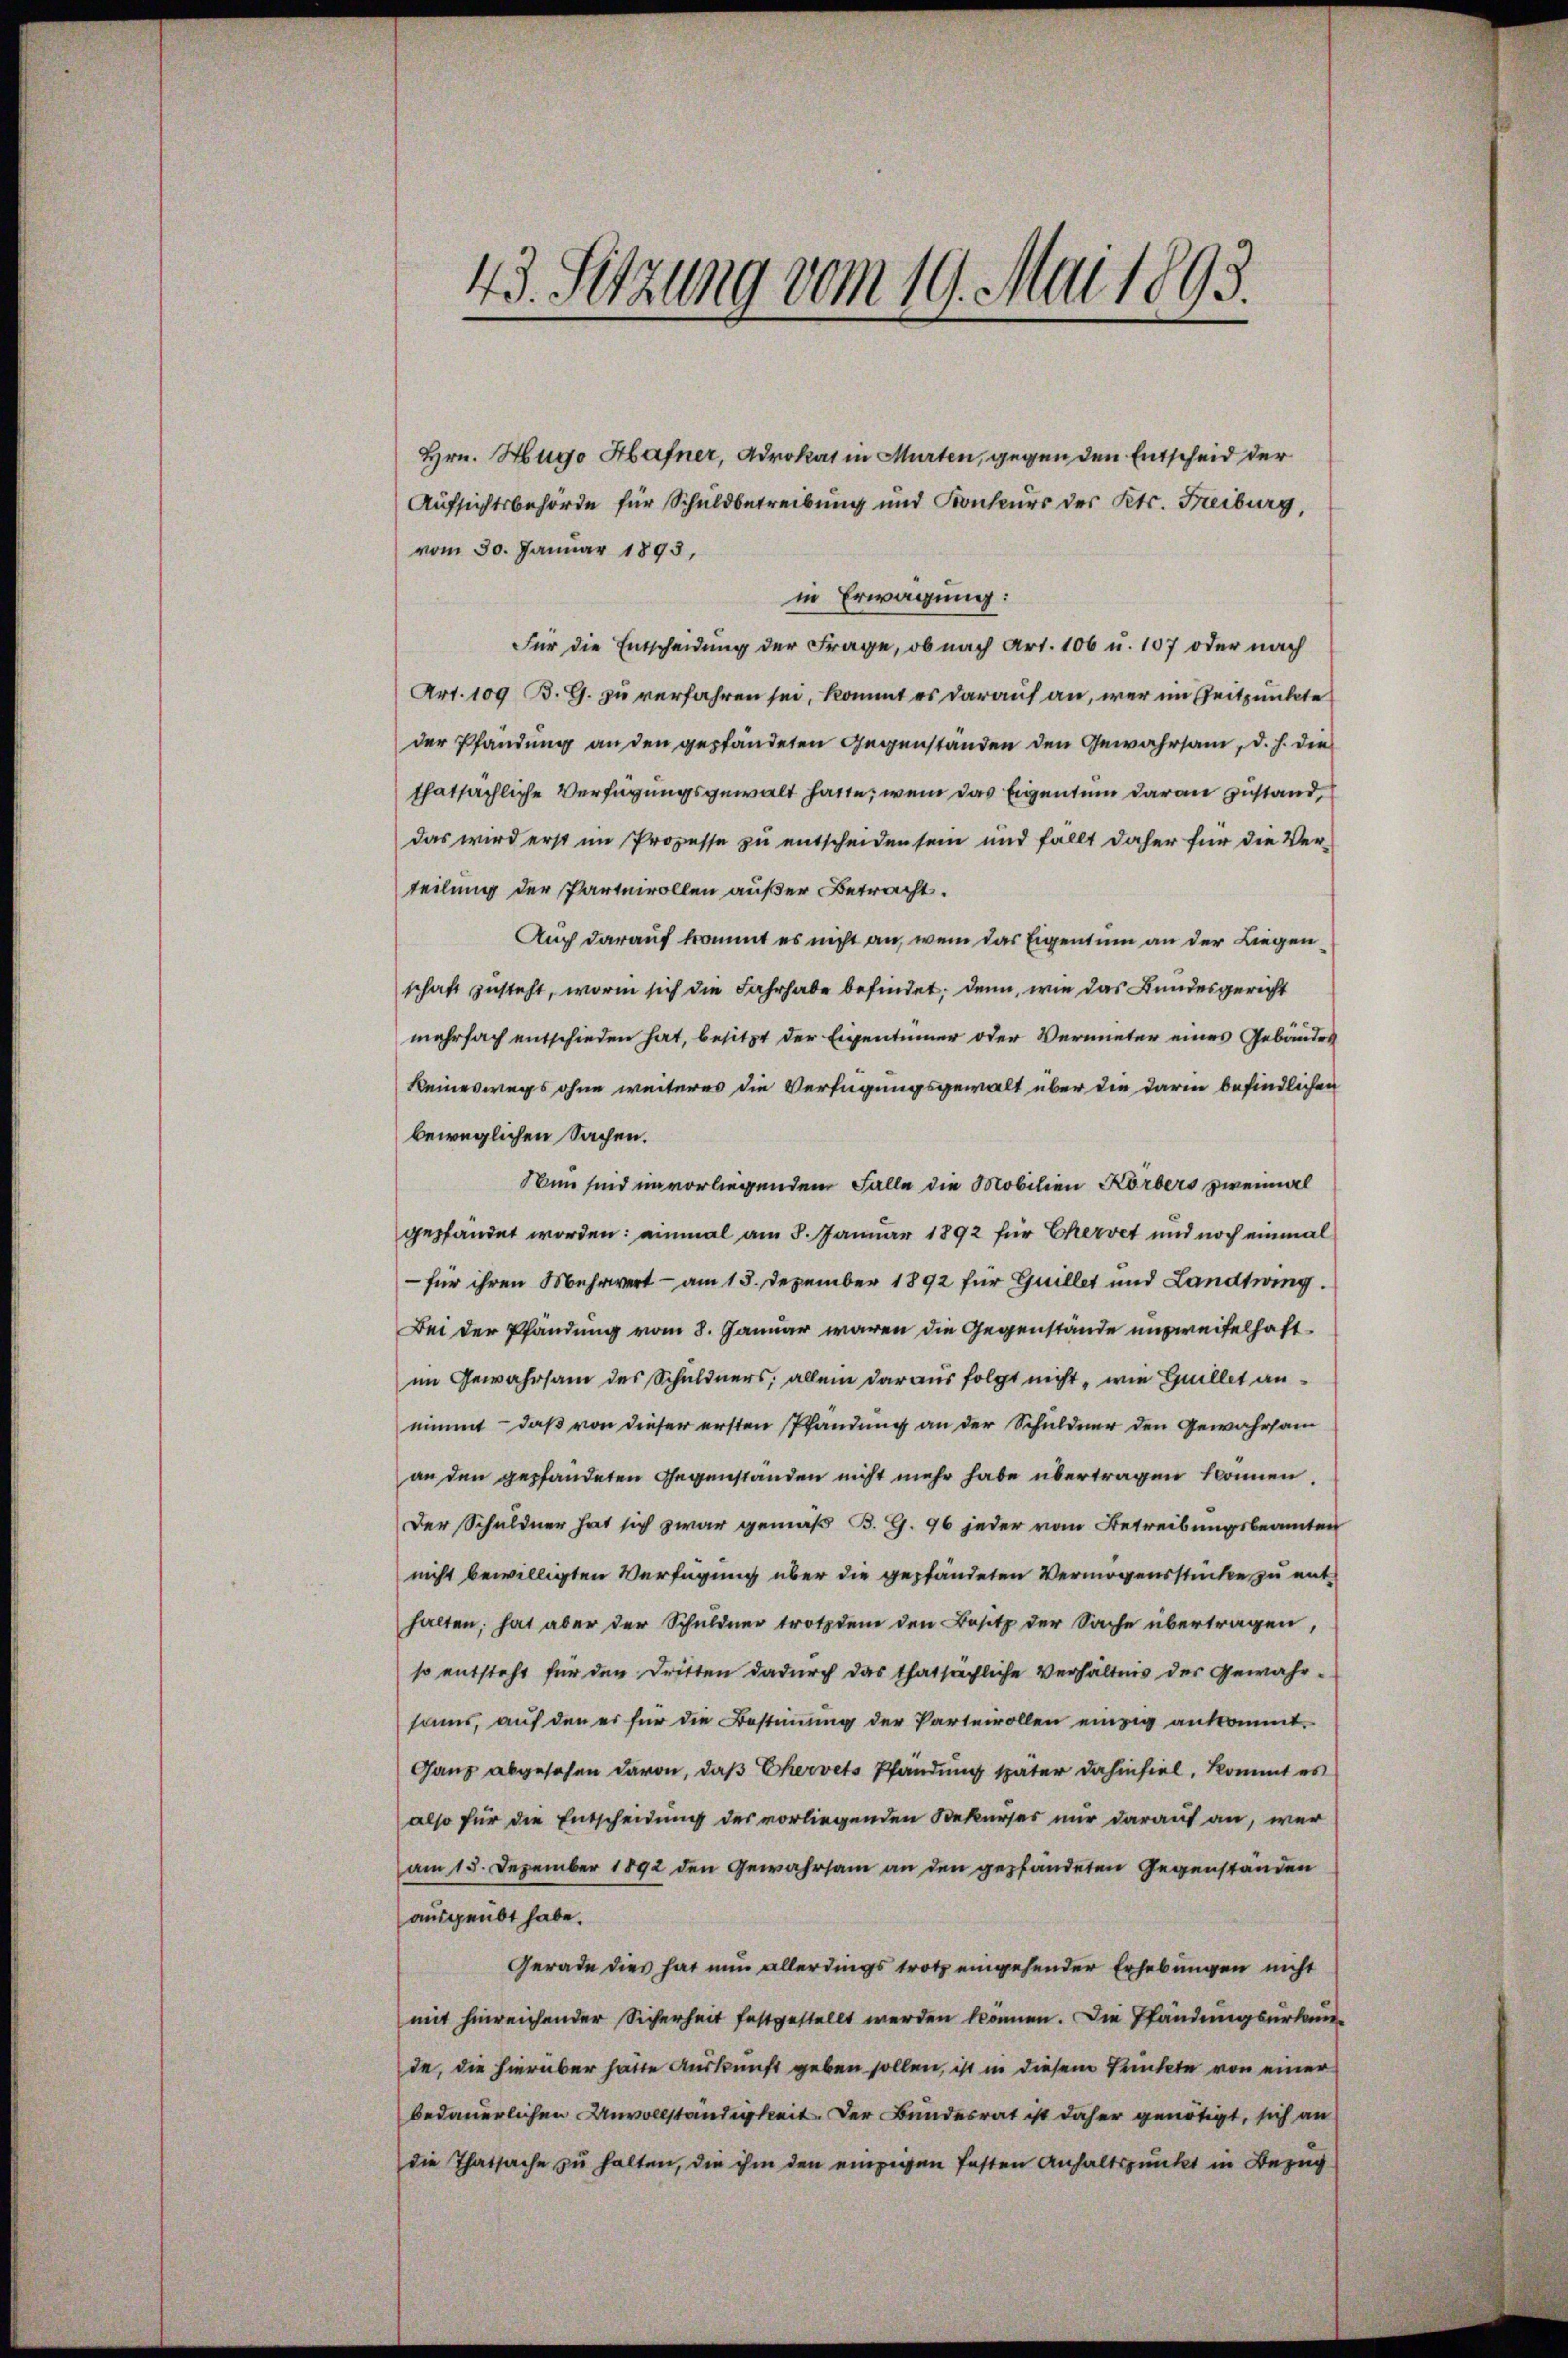
43. Setzung vom 19. Mai 1893.

Hrn. Hugo Hafner, Advokat in Murten, gegen den Entscheid der
Aufsichtsbehörde für Schuldbetreibung und Konkurs des Kts. Freiburg,
vom 30. Januar 1893,
in Erwägung:
Für die Entscheidung der Frage, ob nach Art. 106 u. 107 oder nach
Art. 109 B. G. zu verfahren sei, kommt es darauf an, wer im Zeitpunkte
der Pfandung an den gepfändeten Gegenständen den Gewahrsam, d. h. die
thatsächliche Verfügungsgewalt hatte, wenn das Eigentum daran zustand,
das wird erst im Prozesse zu entscheiden sein und fällt daher für die Verteilung der Parteivollen außer Betracht.
Auch darauf kommt es nicht an, wem das Eigentum an der Liegenschaft zusteht, worin sich die Fahrhabe befindet; denn, wie das Bundesgericht
mehrfach entschieden hat, besitzt der Eigentümer oder Vermieter eines Gebäudes
keineswegs ohne weiteres die Verfügungsgewalt über die darin befindlichen
beweglichen Sachen.
Nun sind im vorliegendem Falle die Mobilien Körbers zweimal
gepfandet worden: einmal am 8. Januar 1892 für Chervet und noch einmal
- für ihren Mehrwert — am 15. Dezember 1892 für Guillet und Landtwing.
Bei der Pfändung vom 8. Januar waren die Gegenstände unzweifelhaft-
im Gewahrsam des Schuldners, allein daraus folgt nicht, wie Guillet annimmt – daß von dieser ersten Pfändung an der Schuldner den Gewahrsam
an den gepfändeten Gegenständen nicht mehr habe übertragen können.
Der Schuldner hat sich zwar gemäß B. G. 96 jeder vom Betreibungsbeamten
nicht bewilligten Verfügung über die gepfändeten Vermögensstücke zu ent-
halten, hat aber der Schuldner trotzdem den Besitz der Sache übertragen,
so entsteht für den Dritten dadurch das thatsächliche Verhältnis der Gewahr-
sams, auf den er für die Bestiṁŭng der Parterrollen einzig ankommt.
Ganz abgesehen davon, daß Chervets Pfändung später dahinfiel, kommt es
also für die Entscheidung des vorliegenden Rekurses nur darauf an, wer
am 15. Dezember 1892 den Gewahrsam an den gepfändeten Gegenstanden
ausgeübt habe.
Gerade dies hat nun allerdings trotz eingehender Erhebungen nicht
mit hinreichender Sicherheit festgestellt werden können. Die Pfändungsurkunde, die hierüber hatte Auskunft geben sollen, ist in diesem Punkte von einer
bedauerlichen Unvollständigkeit. Der Bundesrat ist daher genötigt, sich an
die Thatsache zu halten, die ihm den einzigen festen Anhaltspunkt in Bezug